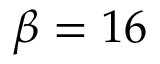
\beta = 1 6